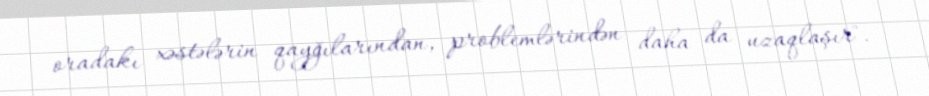
oradakı xəstələrin qayğılarından, problemlərindən daha da uzaqlaşır".